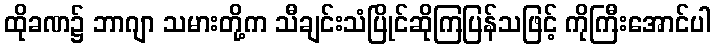
ထိုခဏ၌ ဘာဂျာ သမားတို့က သီချင်းသံပြိုင်ဆိုကြပြန်သဖြင့် ကိုကြီးအောင်ပါ